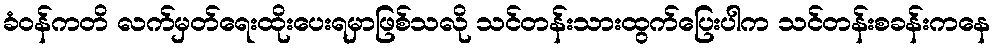
ခံဝန်ကတိ လက်မှတ်ရေးထိုးပေးရမှာဖြစ်သလို သင်တန်းသားထွက်ပြေးပါက သင်တန်းစခန်းကနေ